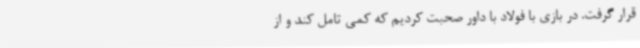
قرار گرفت. در بازی با فولاد با داور صحبت کردیم که کمی تامل کند و از